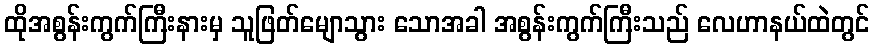
ထိုအစွန်းကွက်ကြီးနားမှ သူဖြတ်မျောသွား သောအခါ အစွန်းကွက်ကြီးသည် လေဟာနယ်ထဲတွင်